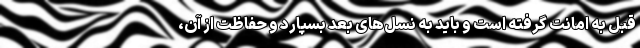
قبل به امانت گرفته است و باید به نسل‌های بعد بسپارد و حفاظت از آن،